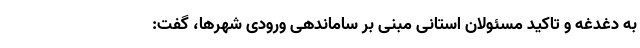
به دغدغه و تاکید مسئولان استانی مبنی بر ساماندهی ورودی شهرها، گفت: